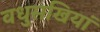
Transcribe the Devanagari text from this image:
वधुसखियां